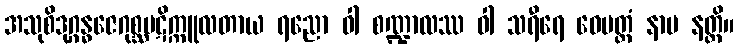
အသုစိဒုဂ္ဂန္ဓဇေဂုစ္ဆပဋိက္ကူလတာယ ရညော ဝါ စဏ္ဍာလဿ ဝါ သရီရေ ဝေမတ္တံ နာမ နတ္ထိ။